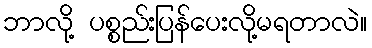
ဘာလို့ ပစ္စည်းပြန်ပေးလို့မရတာလဲ။